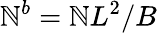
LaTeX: \mathbb{N}^{b}=\mathbb{N}L^{2}/B